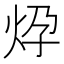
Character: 𱪹